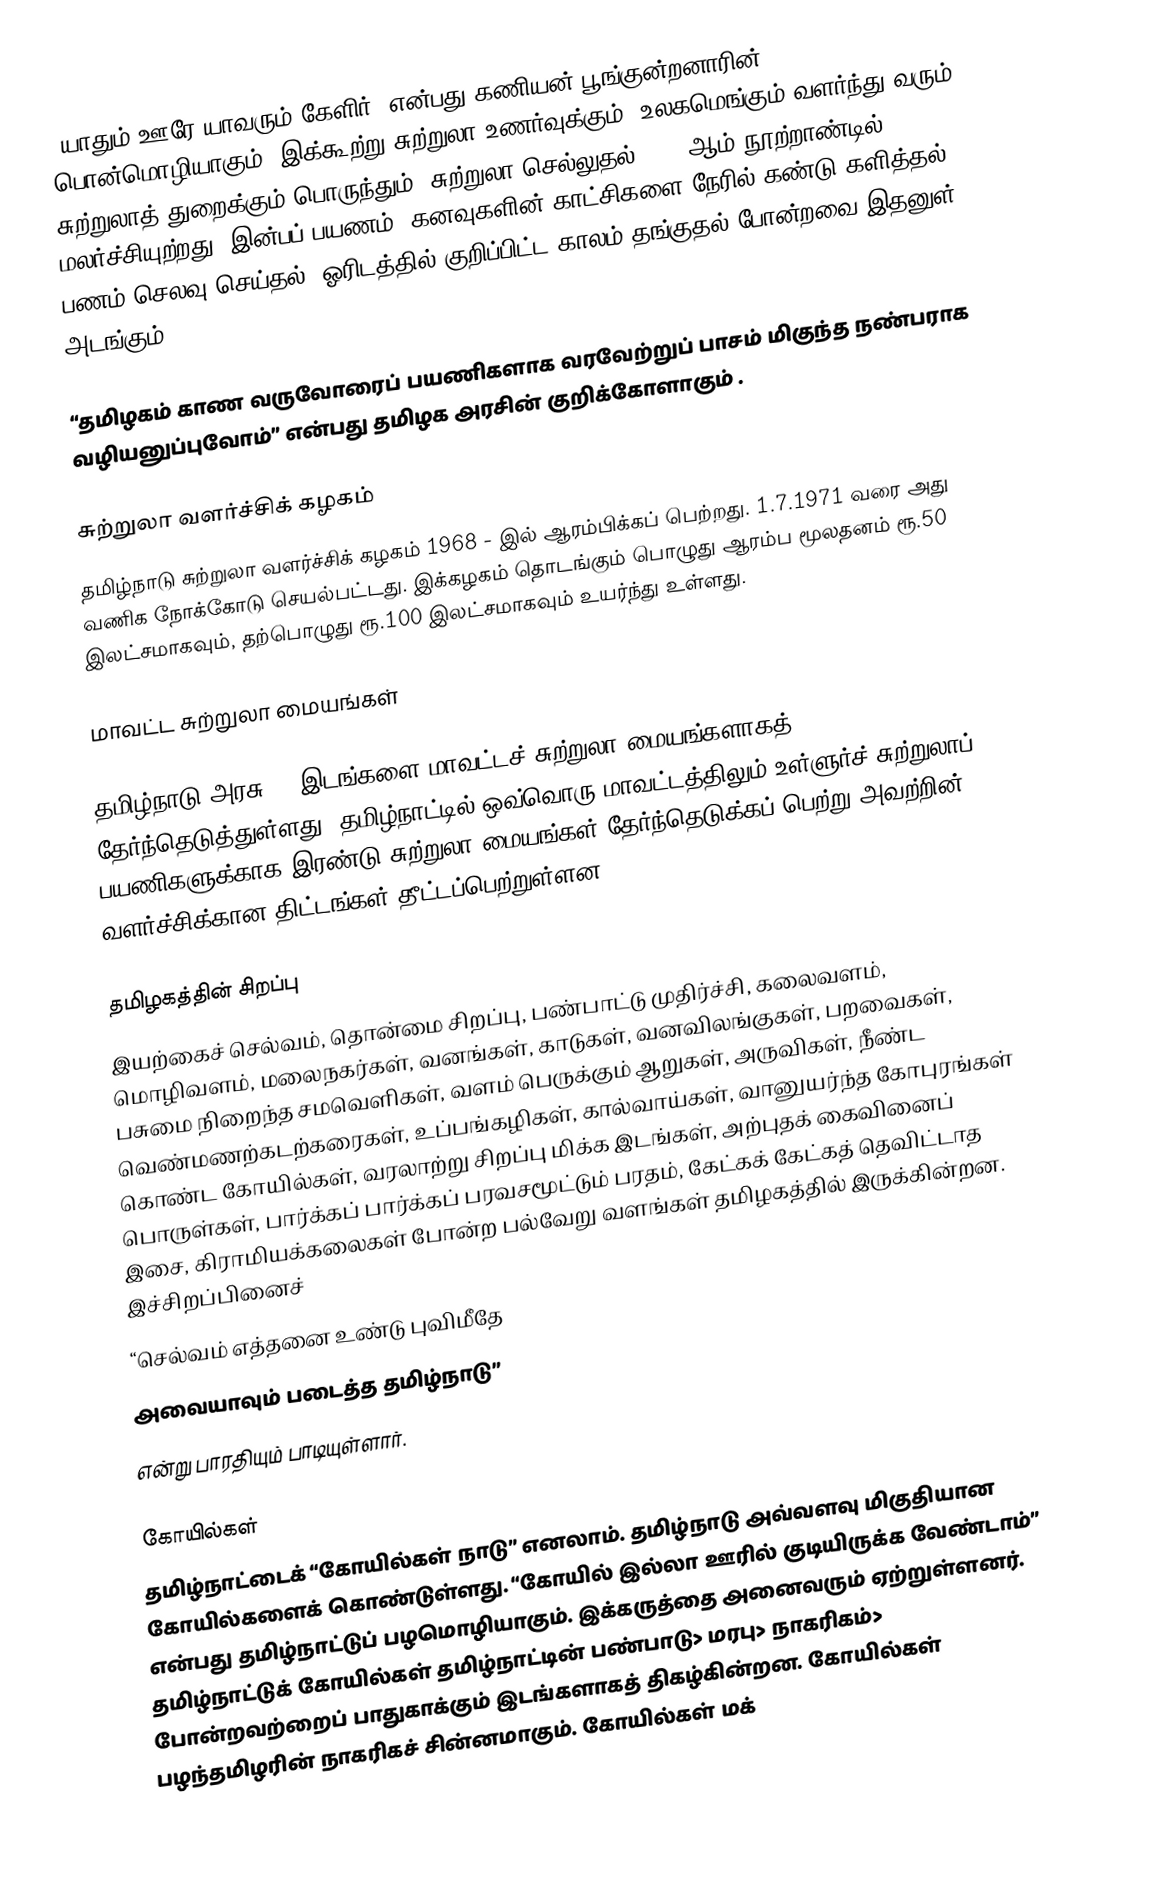
“யாதும் ஊரே யாவரும் கேளிர்” என்பது கணியன் பூங்குன்றனாரின் பொன்மொழியாகும்.  இக்கூற்று சுற்றுலா உணர்வுக்கும், உலகமெங்கும் வளர்ந்து வரும் சுற்றுலாத் துறைக்கும் பொருந்தும்.  சுற்றுலா செல்லுதல் 19 - ஆம் நூற்றாண்டில் மலர்ச்சியுற்றது.  இன்பப் பயணம், கனவுகளின் காட்சிகளை நேரில் கண்டு களித்தல், பணம் செலவு செய்தல், ஓரிடத்தில் குறிப்பிட்ட காலம் தங்குதல் போன்றவை இதனுள் அடங்கும்.

“தமிழகம் காண வருவோரைப் பயணிகளாக வரவேற்றுப் பாசம் மிகுந்த நண்பராக வழியனுப்புவோம்” என்பது தமிழக அரசின் குறிக்கோளாகும் .

சுற்றுலா வளர்ச்சிக் கழகம்
தமிழ்நாடு சுற்றுலா வளர்ச்சிக் கழகம் 1968 - இல் ஆரம்பிக்கப் பெற்றது. 1.7.1971 வரை அது வணிக நோக்கோடு செயல்பட்டது.  இக்கழகம் தொடங்கும் பொழுது ஆரம்ப மூலதனம் ரூ.50 இலட்சமாகவும், தற்பொழுது ரூ.100 இலட்சமாகவும் உயர்ந்து உள்ளது.

மாவட்ட சுற்றுலா மையங்கள்

தமிழ்நாடு அரசு 40 இடங்களை மாவட்டச் சுற்றுலா மையங்களாகத் தேர்ந்தெடுத்துள்ளது. தமிழ்நாட்டில் ஒவ்வொரு மாவட்டத்திலும் உள்ளுர்ச் சுற்றுலாப் பயணிகளுக்காக இரண்டு சுற்றுலா மையங்கள் தேர்ந்தெடுக்கப் பெற்று அவற்றின் வளர்ச்சிக்கான திட்டங்கள் தீட்டப்பெற்றுள்ளன.

தமிழகத்தின் சிறப்பு
இயற்கைச் செல்வம், தொன்மை சிறப்பு, பண்பாட்டு முதிர்ச்சி, கலைவளம், மொழிவளம், மலைநகர்கள், வனங்கள், காடுகள், வனவிலங்குகள், பறவைகள், பசுமை நிறைந்த சமவெளிகள், வளம் பெருக்கும் ஆறுகள், அருவிகள், நீண்ட வெண்மணற்கடற்கரைகள், உப்பங்கழிகள், கால்வாய்கள், வானுயர்ந்த கோபுரங்கள் கொண்ட கோயில்கள், வரலாற்று சிறப்பு மிக்க இடங்கள், அற்புதக் கைவினைப் பொருள்கள், பார்க்கப் பார்க்கப் பரவசமூட்டும் பரதம், கேட்கக் கேட்கத் தெவிட்டாத இசை, கிராமியக்கலைகள் போன்ற பல்வேறு வளங்கள் தமிழகத்தில் இருக்கின்றன. இச்சிறப்பினைச்
“செல்வம் எத்தனை உண்டு புவிமீதே
 அவையாவும் படைத்த தமிழ்நாடு”
என்று பாரதியும் பாடியுள்ளார்.

கோயில்கள்
தமிழ்நாட்டைக் “கோயில்கள் நாடு” எனலாம். தமிழ்நாடு அவ்வளவு மிகுதியான கோயில்களைக் கொண்டுள்ளது.  “கோயில் இல்லா ஊரில் குடியிருக்க வேண்டாம்” என்பது தமிழ்நாட்டுப் பழமொழியாகும்.  இக்கருத்தை அனைவரும் ஏற்றுள்ளனர். தமிழ்நாட்டுக் கோயில்கள் தமிழ்நாட்டின் பண்பாடு> மரபு> நாகரிகம்> போன்றவற்றைப் பாதுகாக்கும் இடங்களாகத் திகழ்கின்றன. கோயில்கள் பழந்தமிழரின் நாகரிகச் சின்னமாகும்.  கோயில்கள் மக்